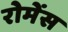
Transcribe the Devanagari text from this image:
रोमेंस